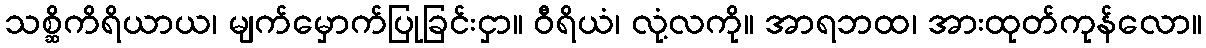
သစ္ဆိကိရိယာယ၊ မျက်မှောက်ပြုခြင်းငှာ။ ဝီရိယံ၊ လုံ့လကို။ အာရဘထ၊ အားထုတ်ကုန်လော။